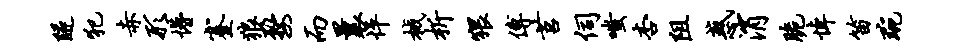
隧犯赤形懵蹇狼婺而曩怦械析猥傅莒伺嗤杏阻惑消脆悼笛琬